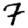
Digit: 7